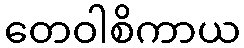
တေဝါစိကာယ